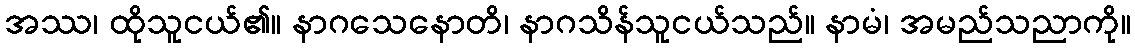
အဿ၊ ထိုသူငယ်၏။ နာဂသေနောတိ၊ နာဂသိန်သူငယ်သည်။ နာမံ၊ အမည်သညာကို။